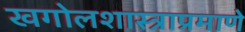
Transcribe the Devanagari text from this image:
खगोलशास्त्राप्रमाणे